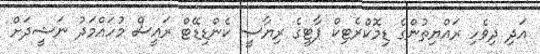
އަދި ދިވެހި ރައްޔިތުންގެ ޑިމޮކްރެޓިކް ޕާޓީގެ ރިޔާސީ ކެންޑިޑޭޓް ރައީސް މުހައްމަދު ނަޝީދަށް